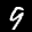
Digit: 9